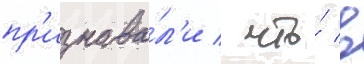
пр'изнава́л'и / что́ в